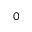
0